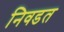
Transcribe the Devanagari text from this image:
निवडत